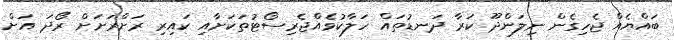
ބައްޔެއް ޖެހިގެން ނިލަންދޫ ކަރާ ދަނޑުތައް ހަލާކުވެއްޖެރިސޯޓުތަކަށާއި ކައިރި ރަށްރަށަށް ރޯދަ އަށް